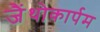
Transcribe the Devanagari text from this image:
जैंथोकार्पम